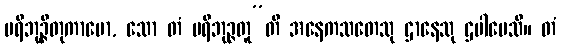
ပရိဘုဉ္ဇိတုကာမော, သော တံ ပရိဘုဉ္ဇတူ”တိ အနေကသတေသု ဌာနေသု ဌပါပေသိ။ တံ